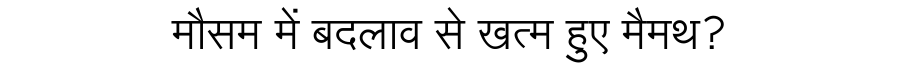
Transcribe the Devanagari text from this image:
मौसम में बदलाव से खत्म हुए मैमथ?